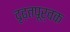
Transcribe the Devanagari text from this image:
दृढ़तपूर्वक